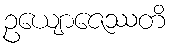
ဥယျောဇေဿတိ